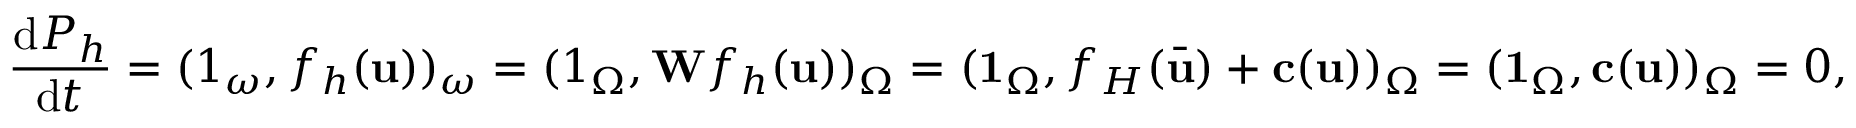
\frac { \mathrm { d } P _ { h } } { \mathrm { d } t } = ( \boldsymbol { 1 } _ { \omega } , f _ { h } ( \mathbf { u } ) ) _ { \omega } = ( \boldsymbol { 1 } _ { \Omega } , \mathbf { W } f _ { h } ( \mathbf { u } ) ) _ { \Omega } = ( \mathbf { 1 } _ { \Omega } , f _ { H } ( \bar { \mathbf { u } } ) + \mathbf { c } ( \mathbf { u } ) ) _ { \Omega } = ( \mathbf { 1 } _ { \Omega } , \mathbf { c } ( \mathbf { u } ) ) _ { \Omega } = 0 ,